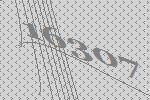
16307